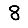
Digit: 8